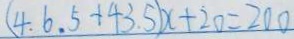
( 4 . 6 . 5 + 4 3 . 5 ) x + 2 0 = 2 0 0